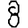
Digit: 8